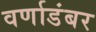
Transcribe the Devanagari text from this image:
वर्णाडंबर